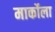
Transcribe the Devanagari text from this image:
मार्कोला